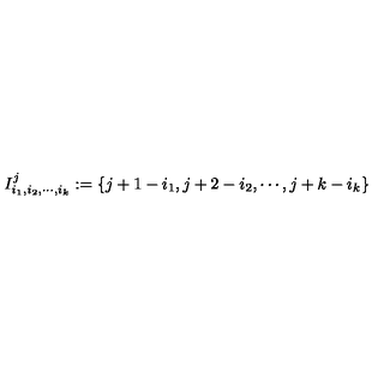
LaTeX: I _ { i _ { 1 } , i _ { 2 } , \cdots , i _ { k } } ^ { j } : = \{ j + 1 - i _ { 1 } , j + 2 - i _ { 2 } , \cdots , j + k - i _ { k } \}